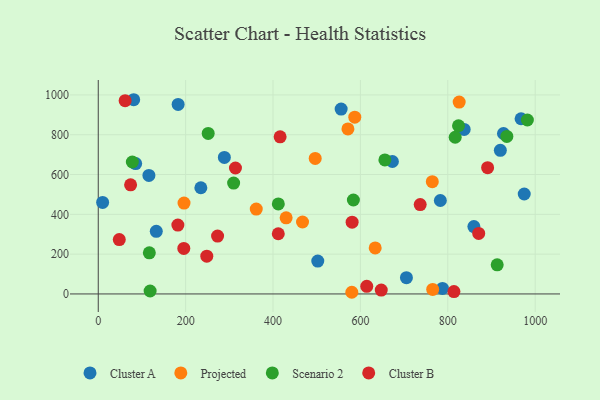
{"axis": {"x": "Study Hours", "y": "Sales"}, "legend": ["Cluster A", "Cluster B", "Projected", "Scenario 2"], "data": [{"x": "673.2", "y": 665.5, "type": "Cluster A"}, {"x": "967.7", "y": 880.2, "type": "Cluster A"}, {"x": "787.8", "y": 27.5, "type": "Cluster A"}, {"x": "837.4", "y": 826.7, "type": "Cluster A"}, {"x": "10.0", "y": 460.0, "type": "Cluster A"}, {"x": "782.9", "y": 469.6, "type": "Cluster A"}, {"x": "182.8", "y": 952.1, "type": "Cluster A"}, {"x": "502.4", "y": 165.4, "type": "Cluster A"}, {"x": "555.9", "y": 929.1, "type": "Cluster A"}, {"x": "288.6", "y": 685.8, "type": "Cluster A"}, {"x": "927.4", "y": 806.1, "type": "Cluster A"}, {"x": "920.2", "y": 721.6, "type": "Cluster A"}, {"x": "705.3", "y": 82.0, "type": "Cluster A"}, {"x": "859.7", "y": 338.4, "type": "Cluster A"}, {"x": "81.1", "y": 975.9, "type": "Cluster A"}, {"x": "132.8", "y": 314.7, "type": "Cluster A"}, {"x": "234.8", "y": 533.7, "type": "Cluster A"}, {"x": "115.9", "y": 595.4, "type": "Cluster A"}, {"x": "974.9", "y": 502.1, "type": "Cluster A"}, {"x": "85.6", "y": 655.0, "type": "Cluster A"}, {"x": "587.1", "y": 888.2, "type": "Projected"}, {"x": "361.6", "y": 426.7, "type": "Projected"}, {"x": "580.3", "y": 8.4, "type": "Projected"}, {"x": "467.5", "y": 361.6, "type": "Projected"}, {"x": "764.5", "y": 564.0, "type": "Projected"}, {"x": "571.4", "y": 829.3, "type": "Projected"}, {"x": "633.8", "y": 231.2, "type": "Projected"}, {"x": "826.0", "y": 963.9, "type": "Projected"}, {"x": "765.4", "y": 22.8, "type": "Projected"}, {"x": "196.3", "y": 456.8, "type": "Projected"}, {"x": "496.5", "y": 680.8, "type": "Projected"}, {"x": "430.0", "y": 382.5, "type": "Projected"}, {"x": "78.0", "y": 662.9, "type": "Scenario 2"}, {"x": "982.1", "y": 874.0, "type": "Scenario 2"}, {"x": "824.5", "y": 845.1, "type": "Scenario 2"}, {"x": "251.6", "y": 806.8, "type": "Scenario 2"}, {"x": "656.0", "y": 673.3, "type": "Scenario 2"}, {"x": "116.9", "y": 206.8, "type": "Scenario 2"}, {"x": "412.1", "y": 452.3, "type": "Scenario 2"}, {"x": "309.8", "y": 557.0, "type": "Scenario 2"}, {"x": "118.7", "y": 14.7, "type": "Scenario 2"}, {"x": "816.9", "y": 787.3, "type": "Scenario 2"}, {"x": "935.1", "y": 791.5, "type": "Scenario 2"}, {"x": "913.0", "y": 146.5, "type": "Scenario 2"}, {"x": "583.9", "y": 472.0, "type": "Scenario 2"}, {"x": "814.0", "y": 11.9, "type": "Cluster B"}, {"x": "412.0", "y": 302.4, "type": "Cluster B"}, {"x": "891.1", "y": 634.7, "type": "Cluster B"}, {"x": "61.5", "y": 970.9, "type": "Cluster B"}, {"x": "614.5", "y": 38.2, "type": "Cluster B"}, {"x": "182.2", "y": 346.2, "type": "Cluster B"}, {"x": "248.4", "y": 189.6, "type": "Cluster B"}, {"x": "74.0", "y": 548.4, "type": "Cluster B"}, {"x": "48.1", "y": 273.4, "type": "Cluster B"}, {"x": "195.8", "y": 228.9, "type": "Cluster B"}, {"x": "314.0", "y": 632.9, "type": "Cluster B"}, {"x": "870.7", "y": 304.1, "type": "Cluster B"}, {"x": "416.2", "y": 789.4, "type": "Cluster B"}, {"x": "647.7", "y": 19.7, "type": "Cluster B"}, {"x": "581.0", "y": 360.8, "type": "Cluster B"}, {"x": "273.1", "y": 291.0, "type": "Cluster B"}, {"x": "736.8", "y": 449.2, "type": "Cluster B"}]}